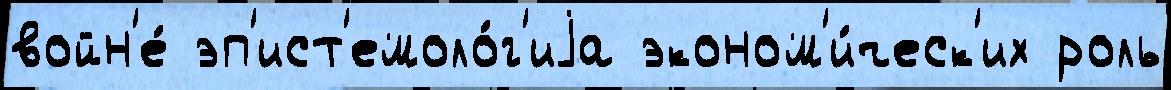
войн'е́ эп'ист'емоло́г'иjа эконом'и́ческ'их роль